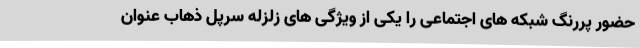
حضور پررنگ شبکه های اجتماعی را یکی از ویژگی های زلزله سرپل ذهاب عنوان